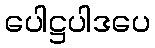
ပေါဋ္ဌပါဒပေ